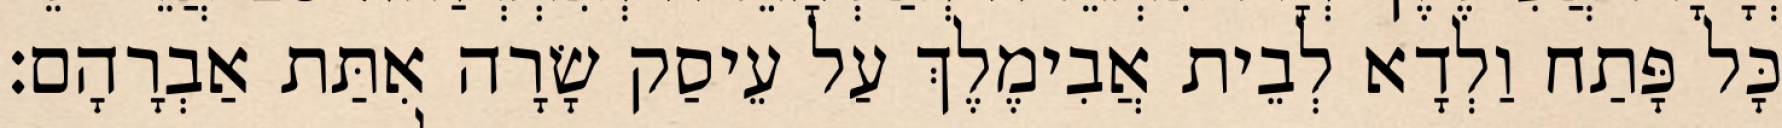
כָּל פָּתַח וַלְדָא לְבֵית אֲבִימֶלֶךְ עַל עֵיסַק שָׂרָה אִתַּת אַבְרָהָם׃